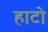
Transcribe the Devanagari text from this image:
हाटो